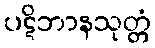
ပဋိဘာနသုတ္တံ